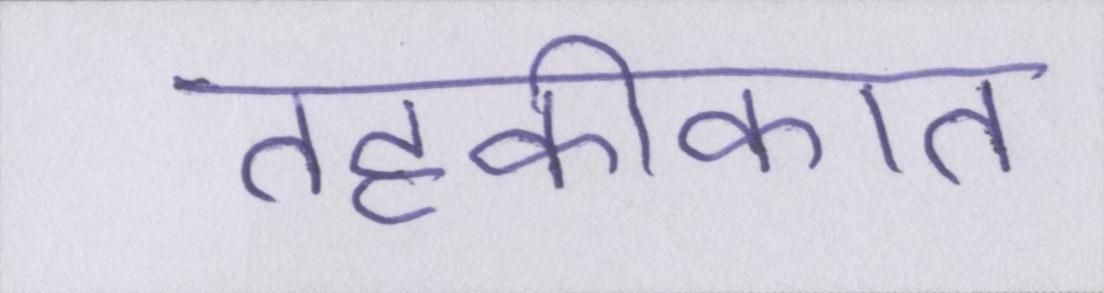
तहकीकात